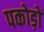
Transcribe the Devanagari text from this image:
पकोड़ों